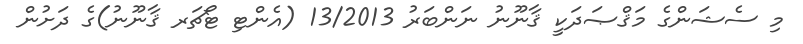
މި ސެޝަންގެ މަޤްޞަދަކީ ޤާނޫނު ނަންބަރު 13/2013 (އެންޓި ޓޯޗަރ ޤާނޫނު)ގެ ދަށުން